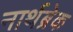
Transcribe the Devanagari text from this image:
नार्थब्रेक